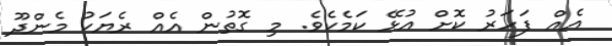
އެއް ފަހަރު ކޮށް އުޅޭ ކަމެކެވެ. މި ގޮތުން އެއް ރެޔަކު މެންދޫ